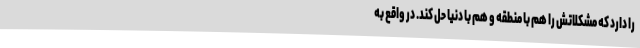
را دارد که مشکلاتش را هم با منطقه و هم با دنیا حل کند. در واقع به